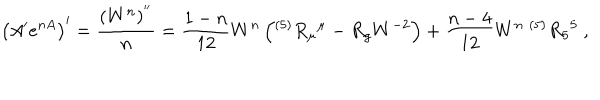
LaTeX: \left( A ^ { \prime } e ^ { n A } \right) ^ { \prime } = { \frac { ( W ^ { n } ) ^ { ' ^ { \prime } } } { n } } = { \frac { 1 - n } { 1 2 } } W ^ { n } \left( ^ { ( 5 ) } R _ { \mu } { } ^ { \mu } - R _ { g } W ^ { - 2 } \right) + { \frac { n - 4 } { 1 2 } } W ^ { n } ~ ^ { ( 5 ) } R _ { 5 } { } ^ { 5 } ~ ,